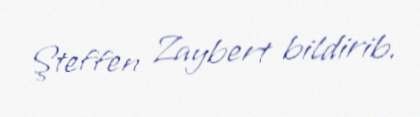
Şteffen Zaybert bildirib.